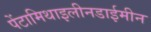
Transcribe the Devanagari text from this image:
पेंटामिथाइलीनडाईमीन